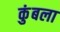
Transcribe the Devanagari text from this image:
कुंबला